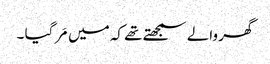
گھر والے سمجھتے تھے کہ میں مَر گیا ۔